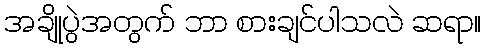
အချိုပွဲအတွက် ဘာ စားချင်ပါသလဲ ဆရာ။